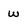
Character: w